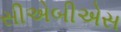
સીએબીએસ